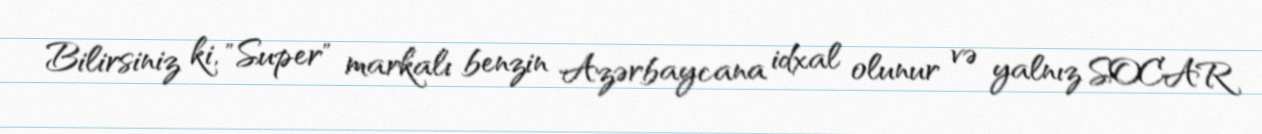
Bilirsiniz ki, "Super" markalı benzin Azərbaycana idxal olunur və yalnız SOCAR